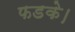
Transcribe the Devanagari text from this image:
फडके।